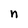
Character: n